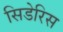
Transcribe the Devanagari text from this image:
सिडेरिस